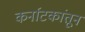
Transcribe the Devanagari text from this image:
कर्नाटकांतून